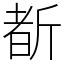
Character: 斱